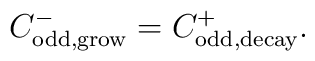
C_{\rm odd, grow}^- = C_{\rm odd, decay}^+.